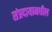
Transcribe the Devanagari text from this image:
संप्रदायामधील